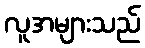
လူအများသည်